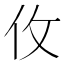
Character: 𰁦